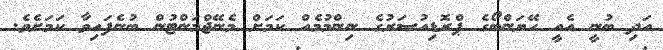
އަދި ބުނީ އެއީ ހޭޔަންބޯގެ ޕްރޮޑިއުސަރުގެ ނިންމުމެއް ކަމަށް މެނޭޖްމަންޓުން ބުނެފައިވާ ކަމަށެވެ.